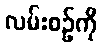
လမ်းစဉ်ကို